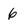
Character: 6